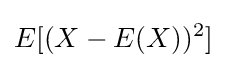
E[(X-E(X))^{2}]